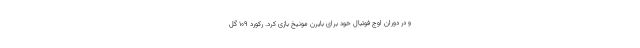
و در دوران اوج فوتبال خود برای بایرن مونیخ بازی کرد. رکورد ۱۰۹ گل